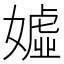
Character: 𱙧